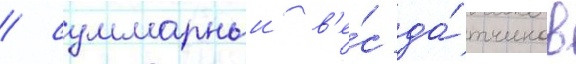
/ суммарныи в'е́с да́тчиков